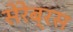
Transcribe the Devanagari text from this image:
सेरेब्रस